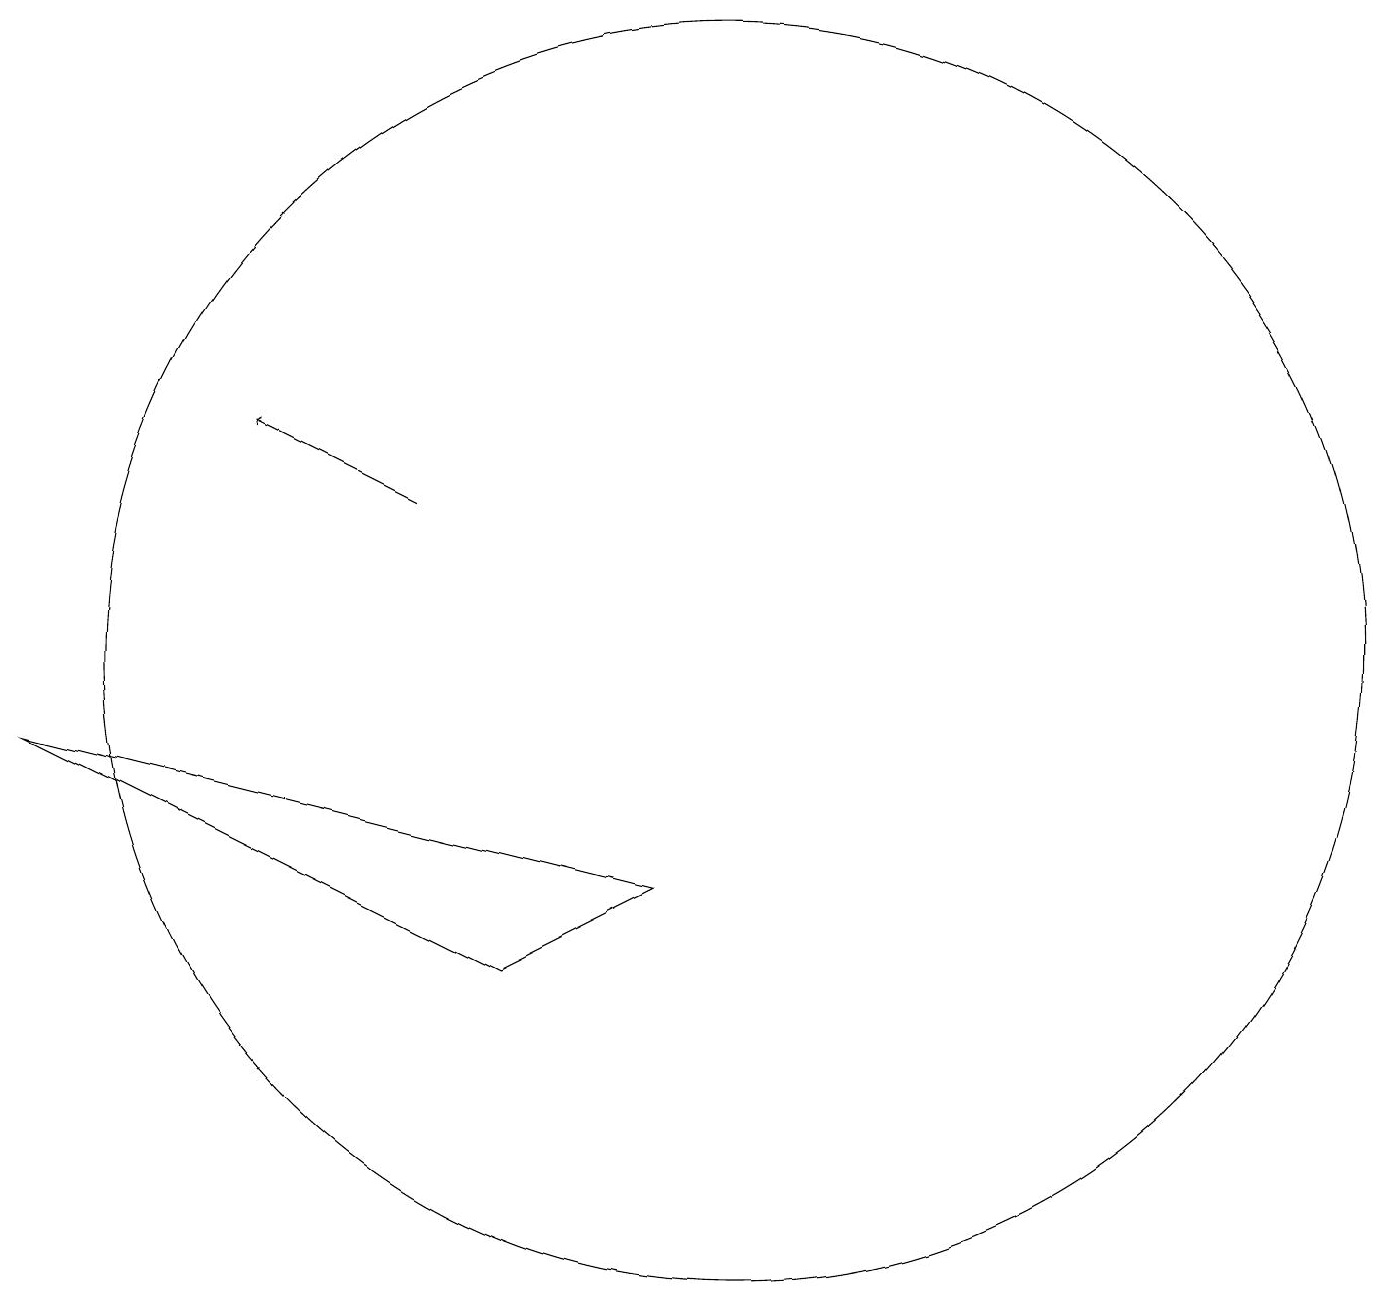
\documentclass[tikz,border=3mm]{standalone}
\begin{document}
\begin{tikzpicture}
\draw[->] (6,12) -- (4,13);
\draw (7,6) -- (9,7) -- (1,9) -- cycle;
\draw (10,10) circle (8);
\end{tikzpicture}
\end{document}